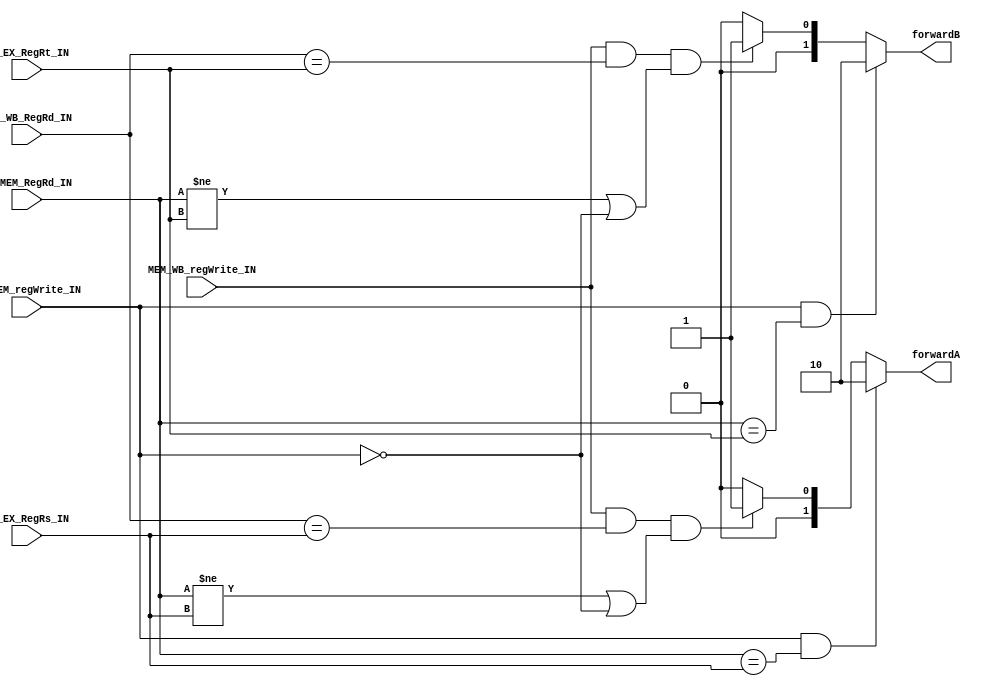
module Forward_unit (
   input [4:0]ID_EX_RegRt_IN,
   input [4:0]ID_EX_RegRs_IN,
   input [4:0]EX_MEM_RegRd_IN,
   input [4:0]MEM_WB_RegRd_IN,
	input EX_MEM_regWrite_IN,
	input MEM_WB_regWrite_IN,
   output [1:0]forwardA,
	output [1:0]forwardB
  );
  
  
  reg [1:0]tempFWa;
  reg [1:0]tempFWb;

  assign forwardA = tempFWa;
  assign forwardB = tempFWb;
  
  always @ ( * ) begin

    // Hazards for ForwardA
    if (EX_MEM_regWrite_IN && EX_MEM_RegRd_IN == ID_EX_RegRs_IN)  tempFWa <= 2'b10;
    else if (MEM_WB_regWrite_IN && MEM_WB_RegRd_IN == ID_EX_RegRs_IN && (EX_MEM_RegRd_IN != ID_EX_RegRs_IN ||EX_MEM_regWrite_IN == 2'd0)) tempFWa <= 2'b01;
	 else tempFWa <= 2'b00;	
    // Hazards for ForwardB
    if (EX_MEM_regWrite_IN && EX_MEM_RegRd_IN == ID_EX_RegRt_IN)  tempFWb <= 2'b10;
    else if (MEM_WB_regWrite_IN && MEM_WB_RegRd_IN == ID_EX_RegRt_IN && (EX_MEM_RegRd_IN != ID_EX_RegRt_IN ||EX_MEM_regWrite_IN == 2'd0)) tempFWb <= 2'b01;
	 else tempFWb <= 2'b00;	
  end
endmodule // forwarding